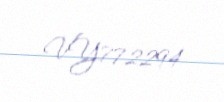
VY772294